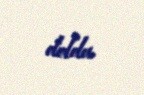
doldu.